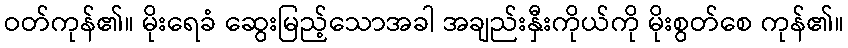
ဝတ်ကုန်၏။ မိုးရေခံ ဆွေးမြည့်သောအခါ အချည်းနှီးကိုယ်ကို မိုးစွတ်စေ ကုန်၏။